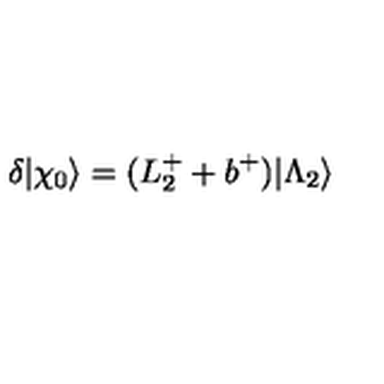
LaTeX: \delta | \chi _ { 0 } \rangle = ( L _ { 2 } ^ { + } + b ^ { + } ) | \Lambda _ { 2 } \rangle